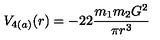
V _ { 4 ( a ) } ( r ) = - 2 2 \frac { m _ { 1 } m _ { 2 } G ^ { 2 } } { \pi r ^ { 3 } }